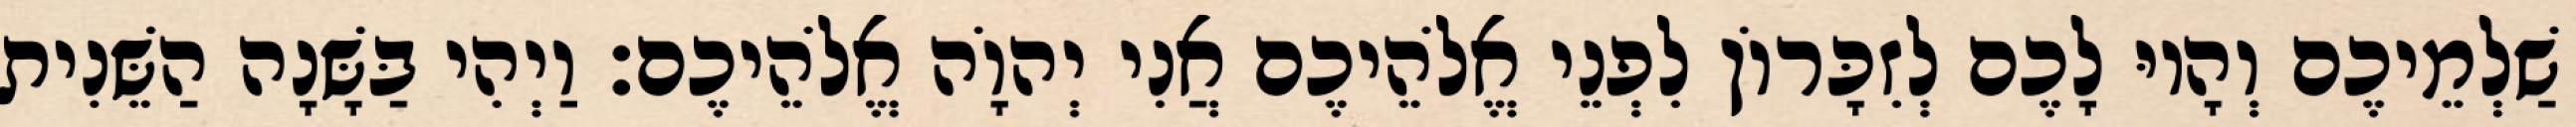
שַׁלְמֵיכֶם וְהָיוּ לָכֶם לְזִכָּרוֹן לִפְנֵי אֱלֹהֵיכֶם אֲנִי יְהוָֹה אֱלֹהֵיכֶם׃ וַיְהִי בַּשָּׁנָה הַשֵּׁנִית